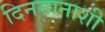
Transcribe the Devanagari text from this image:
दिनमानाशी